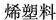
烯塑料